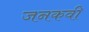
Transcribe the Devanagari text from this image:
जनकवी